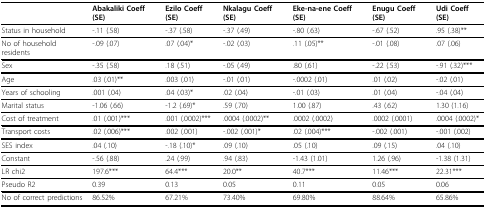
<table><thead><tr><td></td><td><b>Abakaliki Coeff (SE)</b></td><td><b>Ezilo Coeff (SE)</b></td><td><b>Nkalagu Coeff (SE)</b></td><td><b>Eke-na-ene Coeff (SE)</b></td><td><b>Enugu Coeff (SE)</b></td><td><b>Udi Coeff (SE)</b></td></tr></thead><tbody><tr><td>Status in household</td><td>-.11 (.58)</td><td>-.37 (.58)</td><td>-.37 (.49)</td><td>-.80 (.63)</td><td>-.67 (.52)</td><td>.95 (.38)**</td></tr><tr><td>No of household residents</td><td>-.09 (.07)</td><td>.07 (.04)*</td><td>-.02 (.03)</td><td>.11 (.05)**</td><td>-.01 (.08)</td><td>.07 (.06)</td></tr><tr><td>Sex</td><td>-.35 (.58)</td><td>.18 (.51)</td><td>-.05 (.49)</td><td>.80 (.61)</td><td>-.22 (.53)</td><td>-.91 (.32)***</td></tr><tr><td>Age</td><td>.03 (.01)**</td><td>.003 (.01)</td><td>-.01 (.01)</td><td>-.0002 (.01)</td><td>.01 (.02)</td><td>-.02 (.01)</td></tr><tr><td>Years of schooling</td><td>.001 (.04)</td><td>.04 (.03)*</td><td>.02 (.04)</td><td>-.01 (.03)</td><td>.01 (.04)</td><td>-.04 (.04)</td></tr><tr><td>Marital status</td><td>-1.06 (.66)</td><td>-1.2 (.69)*</td><td>.59 (.70)</td><td>1.00 (.87)</td><td>.43 (.62)</td><td>1.30 (1.16)</td></tr><tr><td>Cost of treatment</td><td>.01 (.001)***</td><td>.001 (.0002)***</td><td>.0004 (.0002)**</td><td>.0002 (.0002)</td><td>.0002 (.0001)</td><td>.0004 (.0002)*</td></tr><tr><td>Transport costs</td><td>.02 (.006)***</td><td>.002 (.001)</td><td>-.002 (.001)*</td><td>.02 (.004)***</td><td>-.002 (.001)</td><td>-.001 (.002)</td></tr><tr><td>SES index</td><td>.04 (.10)</td><td>-.18 (.10)*</td><td>.09 (.10)</td><td>.05 (.10)</td><td>.09 (.15)</td><td>.04 (.10)</td></tr><tr><td>Constant</td><td>-.56 (.88)</td><td>.24 (.99)</td><td>.94 (.83)</td><td>-1.43 (1.01)</td><td>1.26 (.96)</td><td>-1.38 (1.31)</td></tr><tr><td>LR chi2</td><td>197.6***</td><td>64.4***</td><td>20.0**</td><td>40.7***</td><td>11.46***</td><td>22.31***</td></tr><tr><td>Pseudo R2</td><td>0.39</td><td>0.13</td><td>0.05</td><td>0.11</td><td>0.05</td><td>0.06</td></tr><tr><td>No of correct predictions</td><td>86.52%</td><td>67.21%</td><td>73.40%</td><td>69.80%</td><td>88.64%</td><td>65.86%</td></tr></tbody></table>